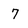
Character: 7